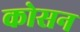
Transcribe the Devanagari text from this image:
कोसन